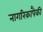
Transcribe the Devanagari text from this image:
नागरिकांपैकी